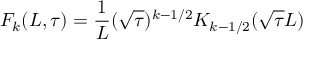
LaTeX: F _ { k } ( L , \tau ) = { \frac { 1 } { L } } ( \sqrt { \tau } ) ^ { k - 1 / 2 } K _ { k - 1 / 2 } ( \sqrt { \tau } L )